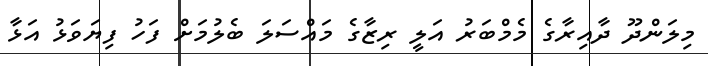
މިލަންދޫ ދާއިރާގެ މެމްބަރު އަލީ ރިޒާގެ މައްސަލަ ބެލުމަށް ފަހު ފިޔަވަޅު އަޅާ